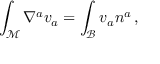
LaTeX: \int _ { \mathcal M } \nabla ^ { a } v _ { a } = \int _ { \mathcal B } v _ { a } n ^ { a } \, ,